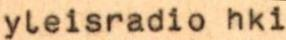
yleisradio hki